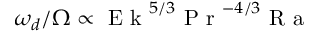
\omega _ { d } / \Omega \propto \textrm { E k } ^ { 5 / 3 } \textrm { P r } ^ { - 4 / 3 } \textrm { R a }